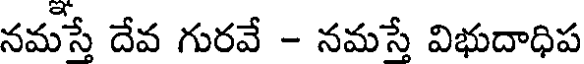
నమస్తే దేవ గురవే - నమస్తే విభుదాధిప